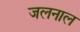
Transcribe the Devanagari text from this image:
जलनाल